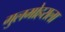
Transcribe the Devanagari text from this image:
गुलमोहराला